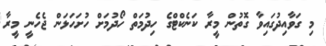
މި ގަވާއިދުގައިވާ ގޮތުން މީރާ ކަނެކްޓްގެ ހިދުމަތް ހޯދުމަށް ހުށަހަޅަން ޖެހެނީ މީރާ